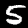
Digit: 5